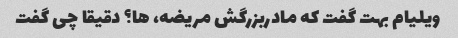
ویلیام بهت گفت که مادربزرگش مریضه، ها؟ دقیقا چی گفت